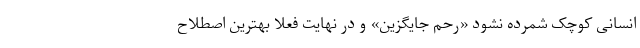
انسانی کوچک شمرده نشود «رحم جایگزین» و در نهایت فعلا بهترین اصطلاح